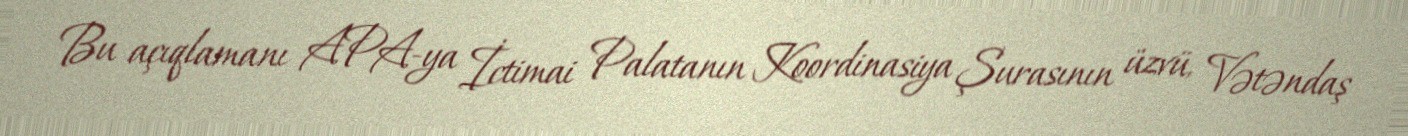
Bu açıqlamanı APA-ya İctimai Palatanın Koordinasiya Şurasının üzvü, Vətəndaş